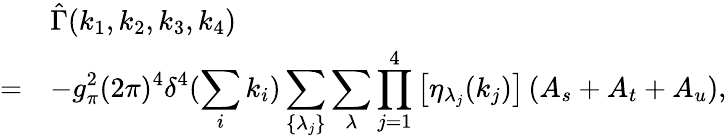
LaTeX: \begin{array}{rl}{{}}&{{\hat{\Gamma}(k_{1},k_{2},k_{3},k_{4})}}\\ {{=}}&{{\displaystyle-g_{\pi}^{2}(2\pi)^{4}\delta^{4}(\sum_{i}k_{i})\sum_{\{ \lambda_{j}\} }\sum_{\lambda}\prod_{j=1}^{4}\left[\eta_{\lambda_{j}}(k_{j})\right]\left(A_{s}+A_{t}+A_{u}\right),}}\end{array}